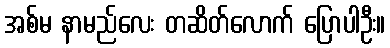
အစ်မ နာမည်လေး တဆိတ်လောက် ပြောပါဦး။